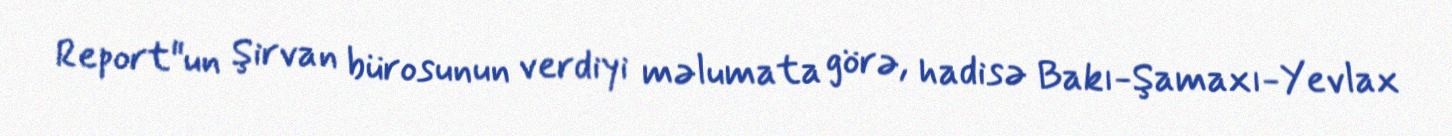
Report"un Şirvan bürosunun verdiyi məlumata görə, hadisə Bakı-Şamaxı-Yevlax